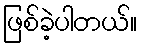
ဖြစ်ခဲ့ပါတယ်။